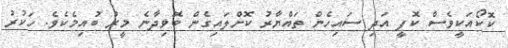
ކޮކޯއަކީވެސް ކޮފީ އަދި ސައިހެން ތައްޔާރު ކޮށްލައިގެން ބޮވިދާނެ މީރު ބުއިމެކެވެ. ހަކުރު